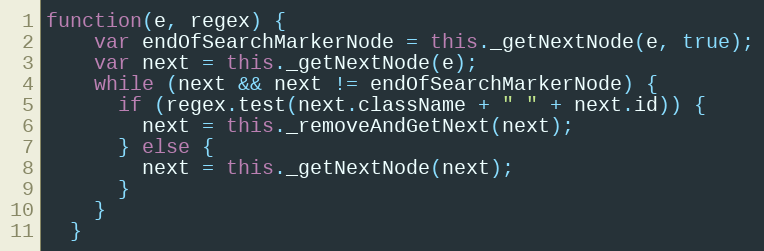
Language: JavaScript
function(e, regex) {
    var endOfSearchMarkerNode = this._getNextNode(e, true);
    var next = this._getNextNode(e);
    while (next && next != endOfSearchMarkerNode) {
      if (regex.test(next.className + " " + next.id)) {
        next = this._removeAndGetNext(next);
      } else {
        next = this._getNextNode(next);
      }
    }
  }